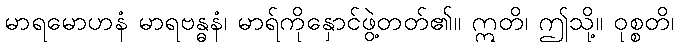
မာရမောဟနံ မာရဗန္ဓနံ၊ မာရ်ကိုနှောင်ဖွဲ့တတ်၏။ ဣတိ၊ ဤသို့။ ဝုစ္စတိ၊